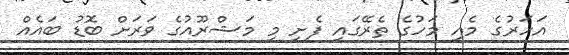
އަހަރުގެ މެއި މަހުގެ ތެރޭގައި ފެށި މި މަޝްރޫއުގެ ވަރަށް ބޮޑު ބައެއް